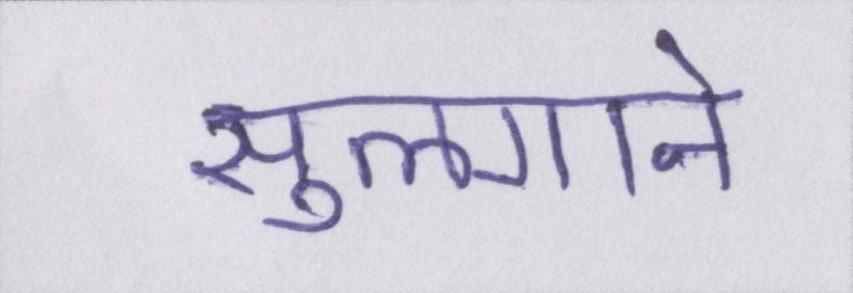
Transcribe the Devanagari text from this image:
सुलगाने